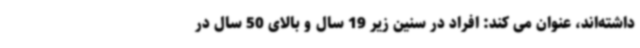
داشته‌اند، عنوان می کند: افراد در سنین زیر 19 سال و بالای 50 سال در